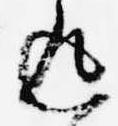
返